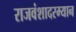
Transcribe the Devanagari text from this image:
राजवंशादरम्यान